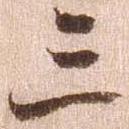
三